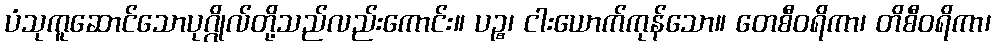
ပံသုကူဆောင်သောပုဂ္ဂိုလ်တို့သည်လည်းကောင်း။ ပဉ္စ၊ ငါးယောက်ကုန်သော။ တေစီဝရိကာ၊ တိစီဝရိကာ၊